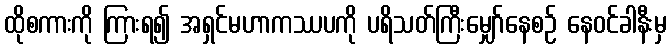
ထိုစကားကို ကြားရ၍ အရှင်မဟာကဿပကို ပရိသတ်ကြီးမျှော်နေစဉ် နေဝင်ခါနီးမှ